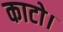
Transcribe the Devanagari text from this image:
काटो।